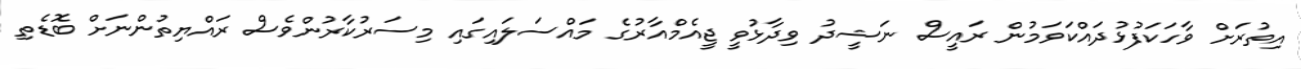
އިތުރަށް ވާހަކަފުޅުދައްކަވަމުުން ރައީސް ނަޝީދު ވިދާޅުވީ ޖީއެމްއާރުގެ މައްސަލައިގައި މިސަރުކާރުންވެސް ރައްޔިތުންނަށް ބޮޑެތި